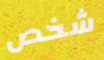
شخص